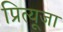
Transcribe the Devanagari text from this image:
प्रित्यूजा